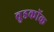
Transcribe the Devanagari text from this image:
वुडकॉक